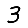
Digit: 3